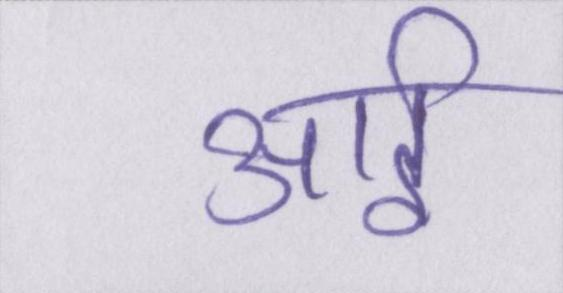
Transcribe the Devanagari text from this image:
आई